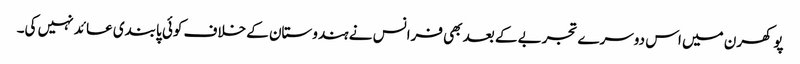
پوکھرن میں اس دوسرے تجربے کے بعد بھی فرانس نے ہندوستان کے خلاف کوئی پابندی عائد نہیں کی۔